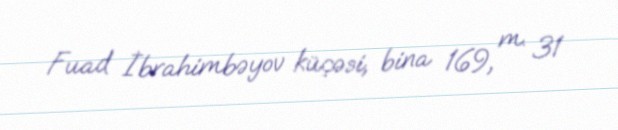
Fuad İbrahimbəyov küçəsi, bina 169, m. 31